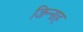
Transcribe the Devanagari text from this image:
जिन्‍नाह